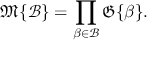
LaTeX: { \mathfrak { M } } \{ { \mathcal { B } } \} = \prod _ { \beta \in { \mathcal { B } } } { \mathfrak { G } } \{ \beta \} .